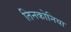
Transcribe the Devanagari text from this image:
तिनकोनिया